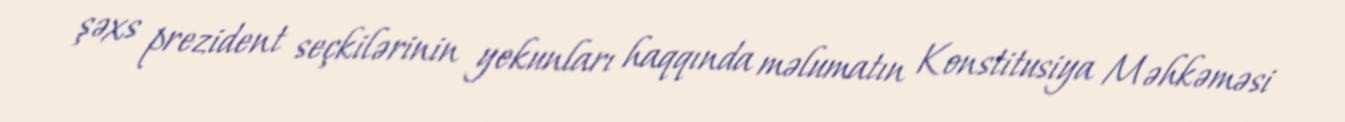
şəxs prezident seçkilərinin yekunları haqqında məlumatın Konstitusiya Məhkəməsi